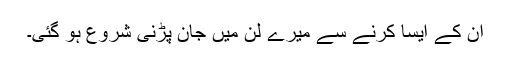
ان کے ایسا کرنے سے میرے لن میں جان پڑنی شروع ہو گئی۔